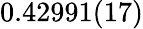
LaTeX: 0.42991(17)